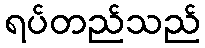
ရပ်တည်သည်